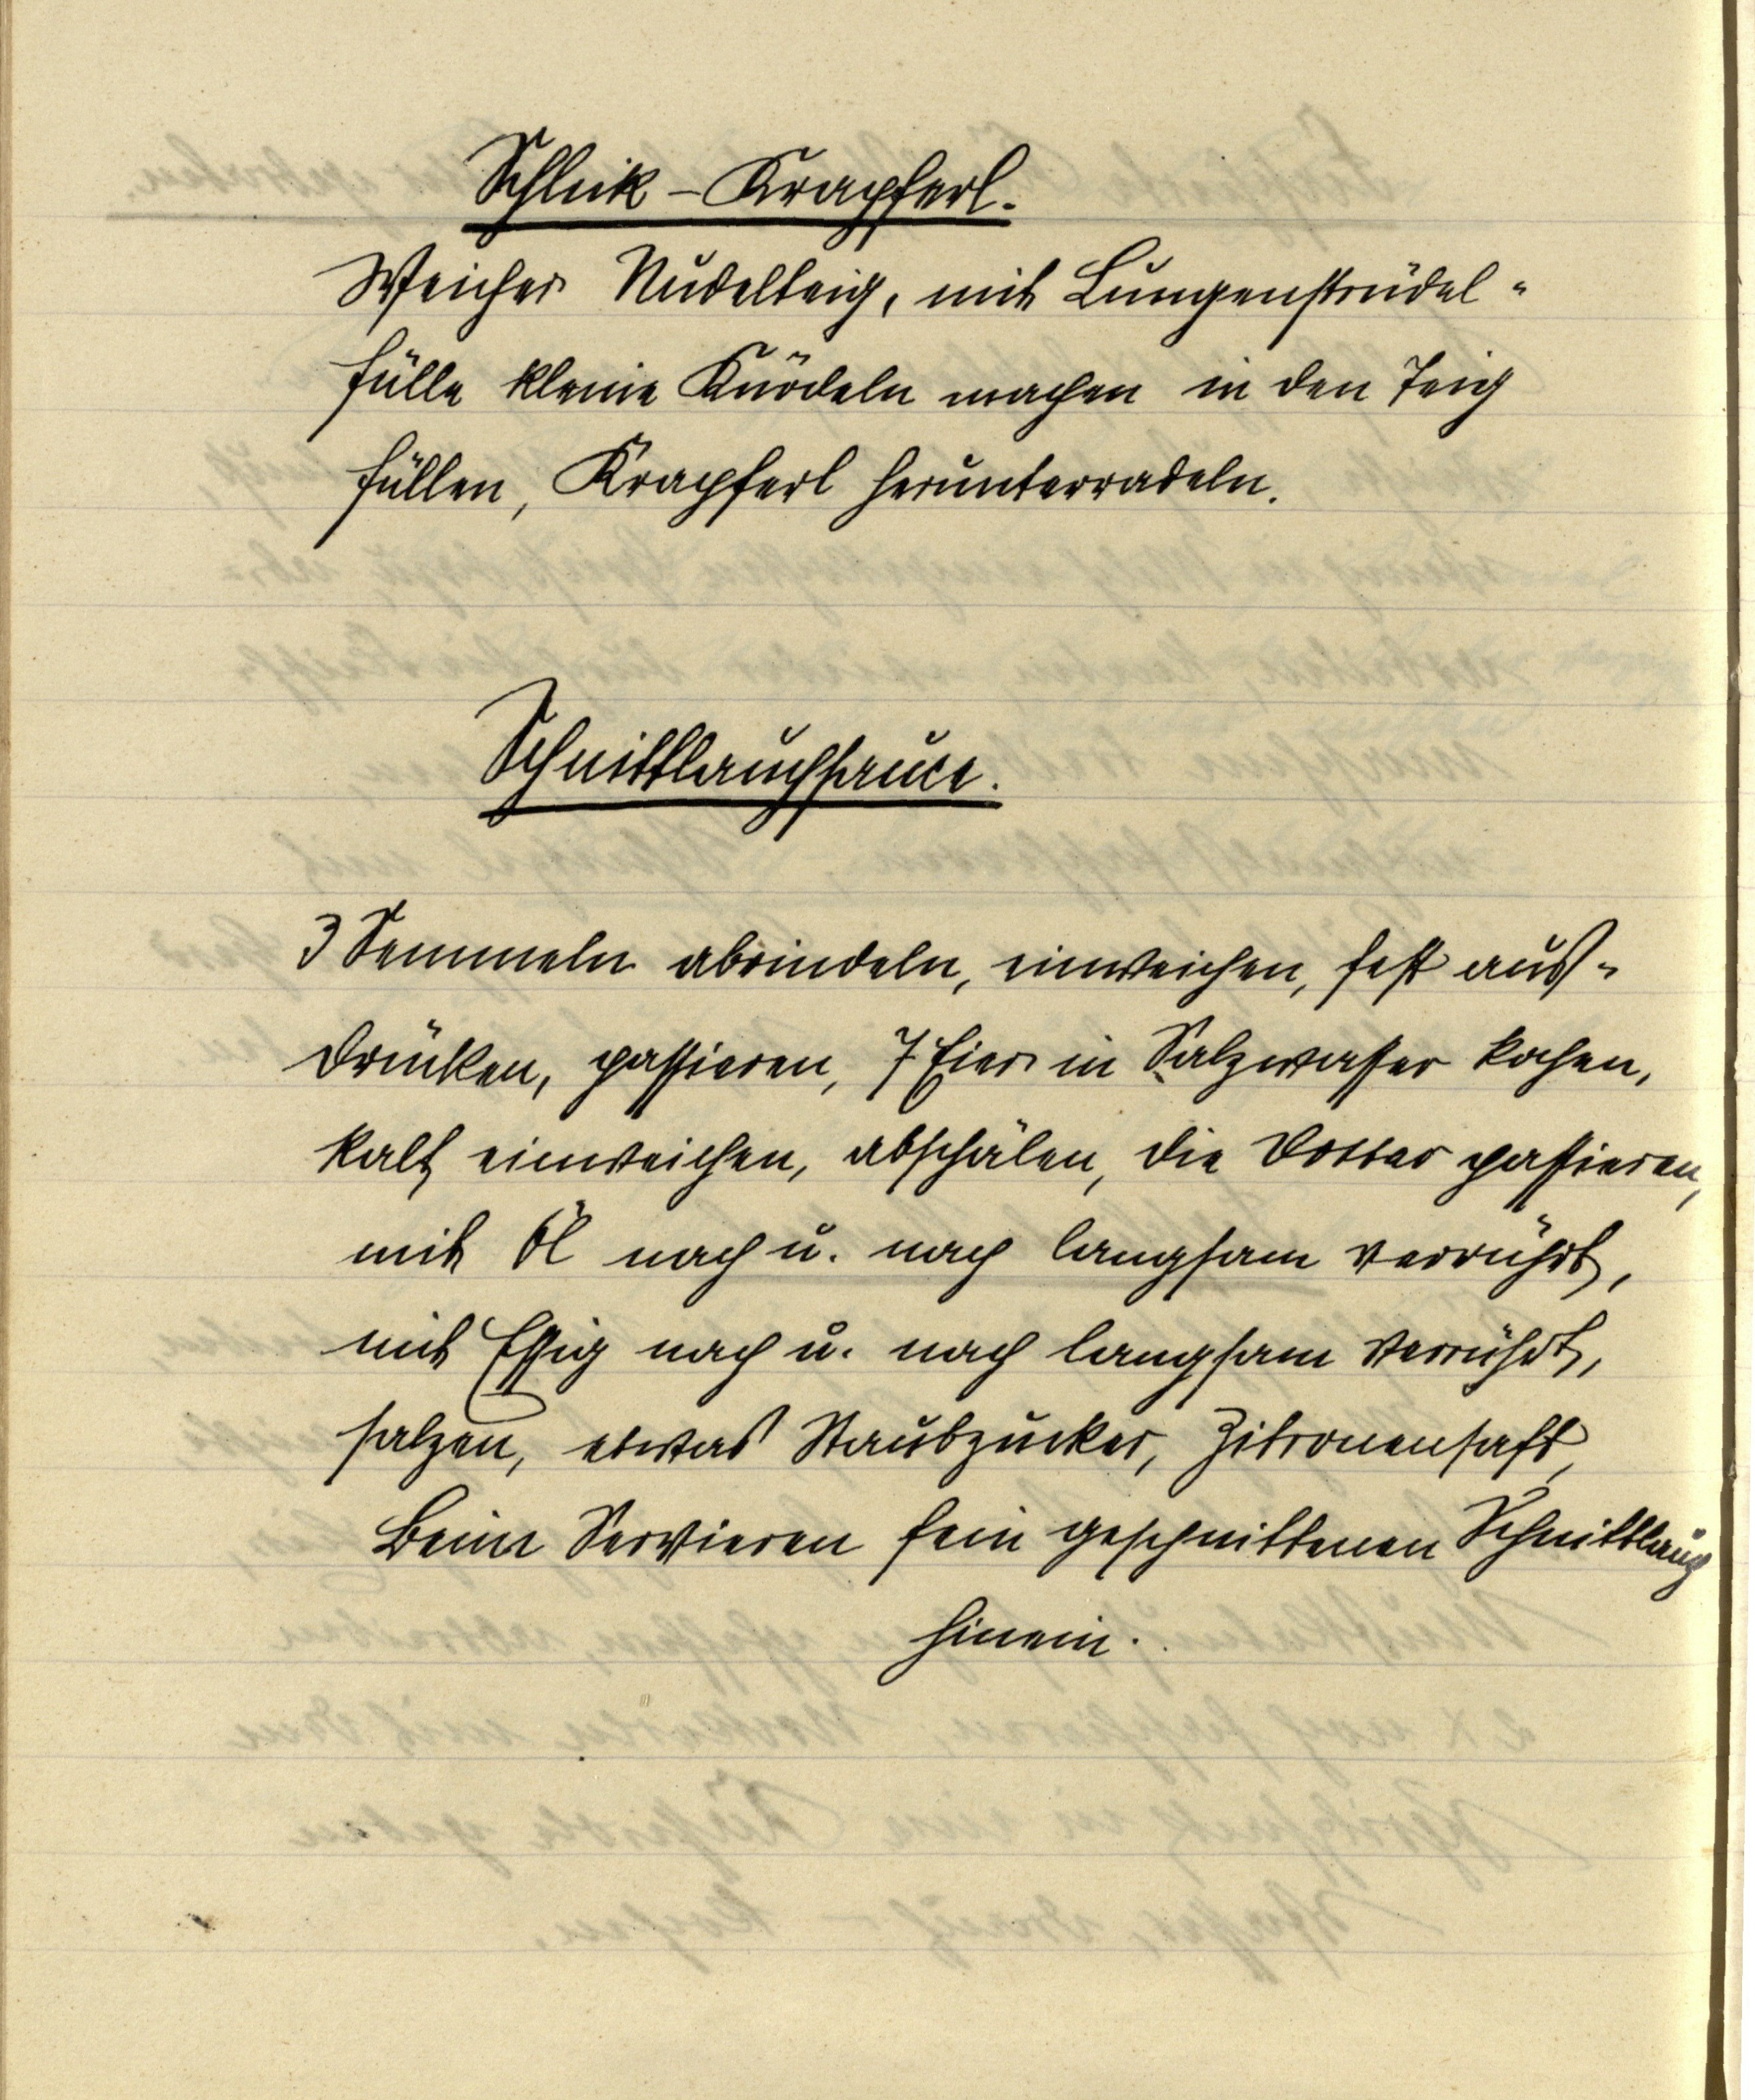
Schlutz-Krapferl.
Weicher Nudelteig, mit Lungenstrudel¬
fülle kleine Knödeln machen in den Teig
füllen, Krapferl herunterradeln.

Schnittlauchsauce.

3 Semmeln abrindeln, einweichen, fest auß¬
drücken, passieren, 7 Eier in Salzwasser kochen,
kalt einweichen, abschälen, die Dotter passieren,
mit Öl nach u. nach langsam verrührt,
mit Essig nach u. nach langsam verrührt,
salzen, etwas Staubzucker, Zitronensaft,
Beim Servieren fein geschnittenen Schnittlauch
hinein.